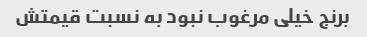
برنج خیلی مرغوب نبود به نسبت قیمتش